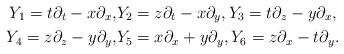
LaTeX: \begin{align*}Y_1=t \partial_t-x \partial_x, & Y_2= z \partial_t -x \partial_y, Y_3= t \partial_z-y\partial_x, \\Y_4 = z \partial_z-y \partial_y, & Y_5=x \partial_x + y \partial_y, Y_6= z \partial_x-t \partial_y. \end{align*}